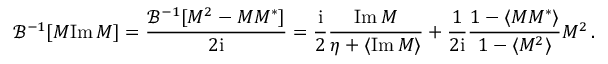
\mathcal { B } ^ { - 1 } [ M \mathrm { I m } \, M ] = \frac { \mathcal { B } ^ { - 1 } [ M ^ { 2 } - M M ^ { * } ] } { 2 \mathrm { i } } = \frac { \mathrm { i } } { 2 } \frac { \mathrm { I m } \, M } { \eta + \langle \mathrm { I m } \, M \rangle } + \frac { 1 } { 2 \mathrm { i } } \frac { 1 - \langle M M ^ { * } \rangle } { 1 - \langle M ^ { 2 } \rangle } M ^ { 2 } \, .